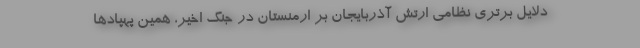
دلایل برتری نظامی ارتش آذربایجان بر ارمنستان در جنگ اخیر، همین پهپادها